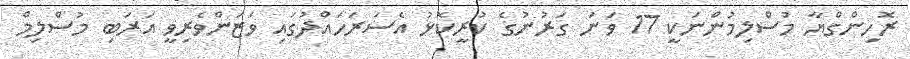
ރޮހިންގްޔާ މުސްލިމުންނަކީ 17 ވަނަ ގަރުނުގެ ކުރީކޮޅު އެސަރަހައްދުގައި ވަޒަންވެރިވީ އަރަބި މުސްލިމް